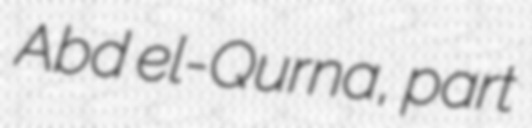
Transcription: Abd el-Qurna, part